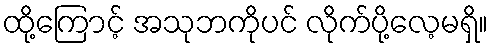
ထို့ကြောင့် အသုဘကိုပင် လိုက်ပို့လေ့မရှိ။